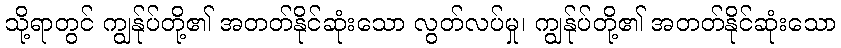
သို့ရာတွင် ကျွန်ုပ်တို့၏ အတတ်နိုင်ဆုံးသော လွတ်လပ်မှု၊ ကျွန်ုပ်တို့၏ အတတ်နိုင်ဆုံးသော